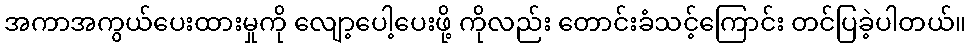
အကာအကွယ်ပေးထားမှုကို လျော့ပေါ့ပေးဖို့ ကိုလည်း တောင်းခံသင့်ကြောင်း တင်ပြခဲ့ပါတယ်။